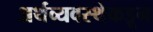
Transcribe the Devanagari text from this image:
अर्थव्यवस्थेकडून